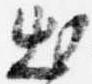
出